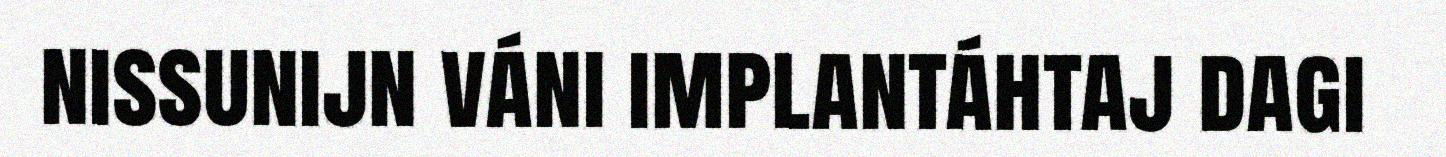
nissunijn váni implantáhtaj dagi